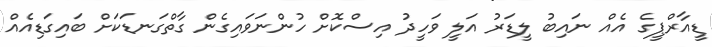
ޑީއާރްޕީގެ އެއް ނައިބު ލީޑަރު އަލީ ވަހީދު އިސްކޮށް ހުންނަވައިގެން ގާތްގަނޑަކަށް ބައިގަޑިއެއް